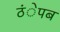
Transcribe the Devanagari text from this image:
ठंेपब